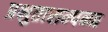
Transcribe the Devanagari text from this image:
प्रभुतासम्पन्न